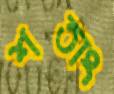
শতাং